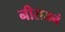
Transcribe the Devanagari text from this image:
नीराजनं